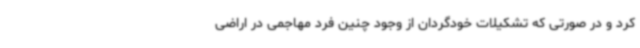
کرد و در صورتی که تشکیلات خودگردان از وجود چنین فرد مهاجمی در اراضی